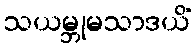
သယမ္ဘုမသာဒယိံ